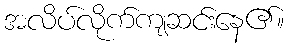
အလိပ်လိုက်ကျဆင်းနေ၏။